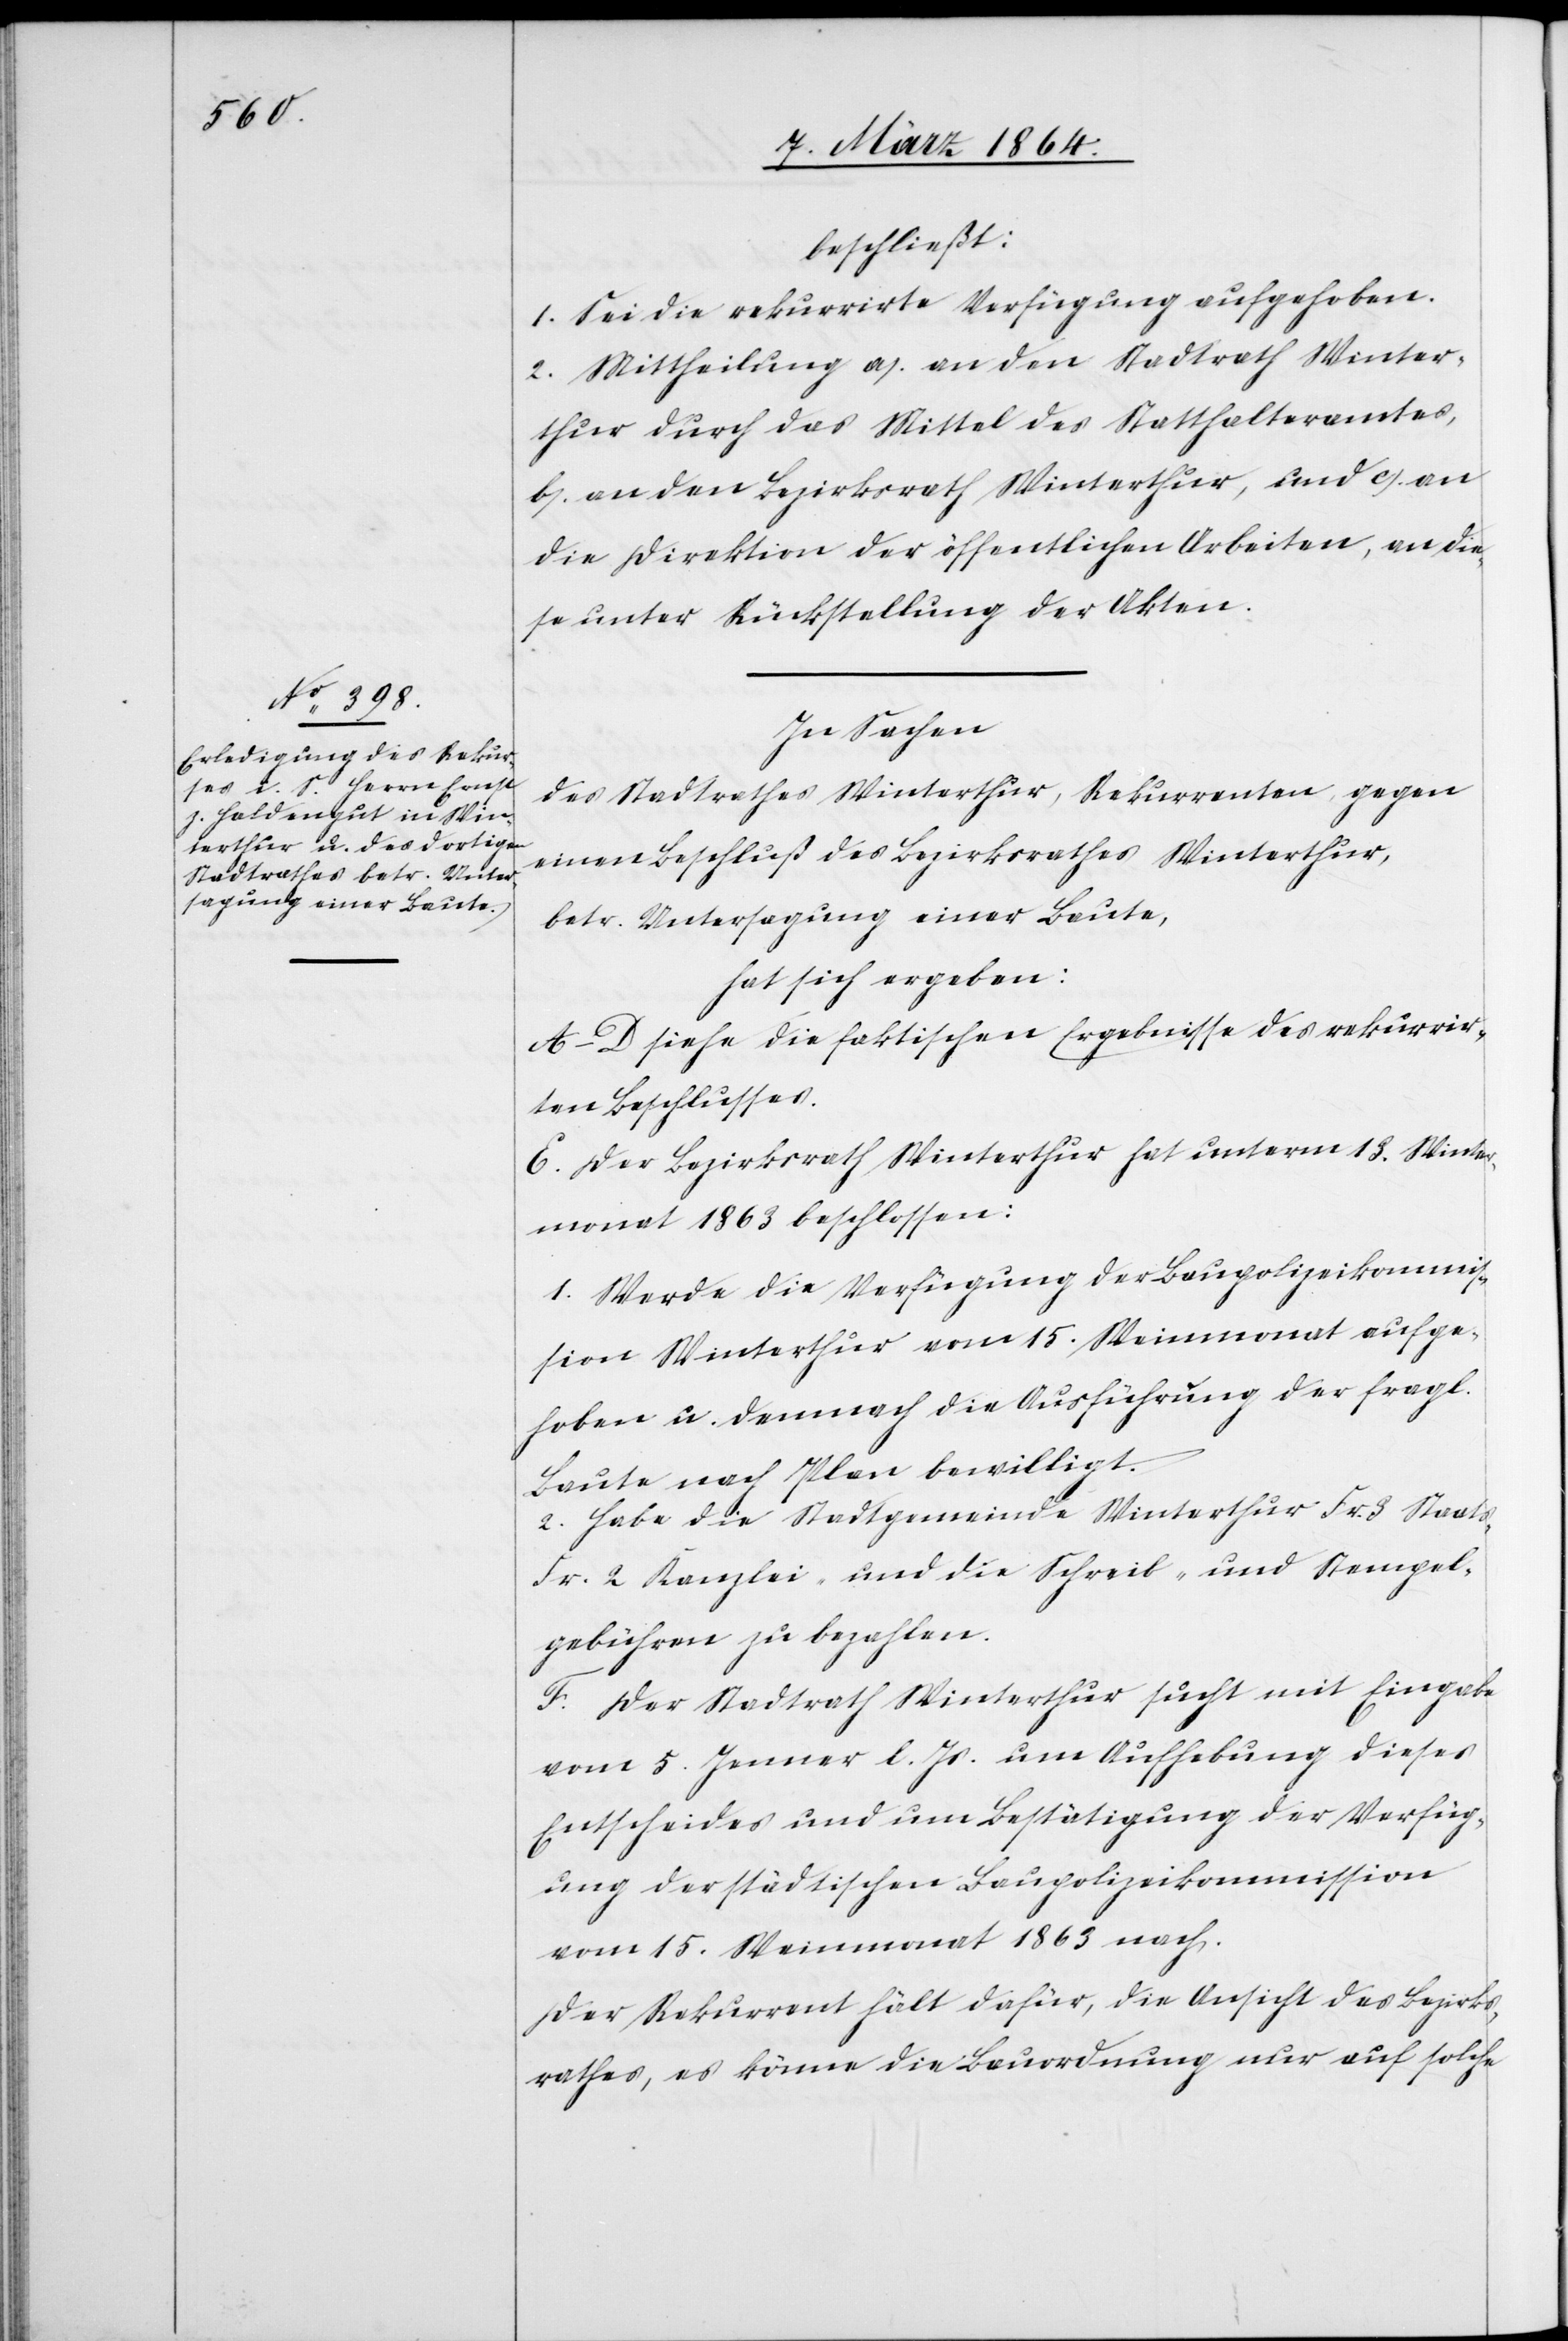
beschließt:
1. Sei die rekurrirte Verfügung aufgehoben.
2. Mittheilung a.) an den Stadtrath Winter¬
thur durch das Mittel des Statthalteramtes,
b.) an den Bezirksrath Winterthur, und c.) an
die Direktion der öffentlichen Arbeiten, an die¬
se unter Rückstellung der Akten.
In Sachen
des Stadtrathes Winterthur, Rekurrenten gegen
einen Beschluß des Bezirksrathes Winterthur,
betr. Untersagung einer Baute,
hat sich ergeben:
A–D siehe die faktischen Ergebnisse des rekurrir¬
ten Beschlusses.
E. Der Bezirksrath Winterthur hat unterm 13. Winter¬
monat 1863 beschlossen:
1. Werde die Verfügung der Baupolizeikommis¬
sion Winterthur vom 15. Weinmonat aufge¬
hoben u. demnach die Ausführung der fragl.
Baute nach Plan bewilligt.
2. Habe die Stadtgemeinde Winterthur Fr. 3 Staats-
Fr. 2 Kanzlei- und die Schreib- und Stempel¬
gebühren zu bezahlen.
F. Der Stadtrath Winterthur sucht mit Eingabe
vom 5. Jenner l. Js. um Aufhebung dieses
Entscheides und um Bestätigung der Verfüg¬
ung der städtischen Baupolizeikommission
vom 15. Weinmonat 1863 nach.
Der Rekurrent hält dafür, die Ansicht des Bezirks¬
rathes, es könne die Bauordnung nur auf solche